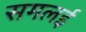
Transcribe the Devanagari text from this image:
समलई